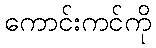
ကောင်းကင်ကို